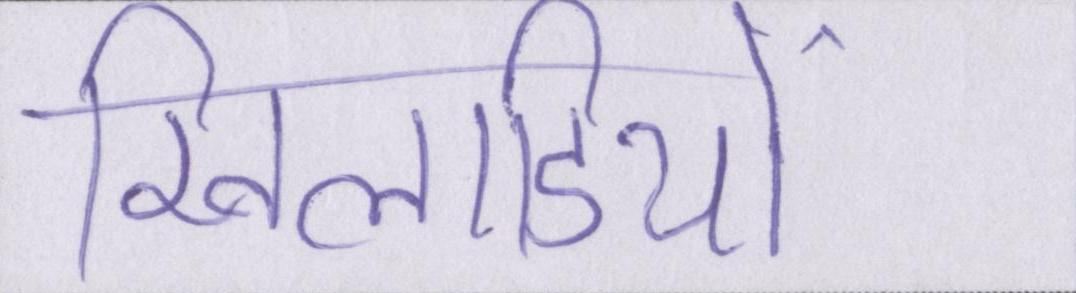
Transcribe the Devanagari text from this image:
खिलाडियों